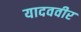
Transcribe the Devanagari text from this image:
यादववीर